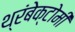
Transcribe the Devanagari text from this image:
थ्रंबेक्टोमी